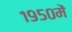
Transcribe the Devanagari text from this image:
१९५०में